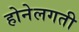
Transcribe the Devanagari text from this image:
होनेलगती